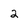
Character: 2